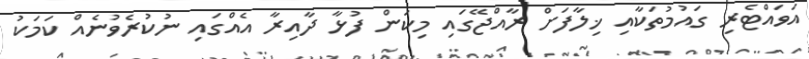
އަވައްޓެރި ގައުމުތަކާއި ޚިލާފަށް ރާއްޖޭގައި މިކަން ފުޅާ ދާއިރާ އެއްގައި ނުކުރެވުނެއް ކަމަކު